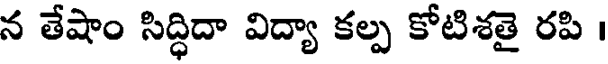
న తేషాం సిద్ధిదా విద్యా కల్ప కోటిశతై రపి ।